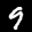
Label: 9